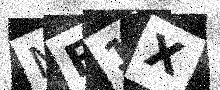
Text: MF1X